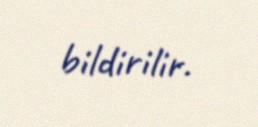
bildirilir.